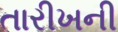
તારીખની